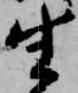
生